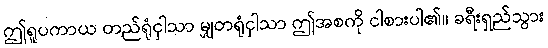
ဤရူပကာယ တည်ရုံငှါသာ မျှတရုံငှါသာ ဤအစကို ငါစားပါ၏။ ခရီးရှည်သွား